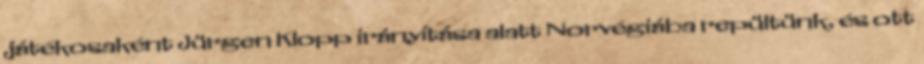
játékosaként Jürgen Klopp irányítása alatt Norvégiába repültünk, és ott